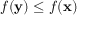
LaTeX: f ( \mathbf { y } ) \leq f ( \mathbf { x } )